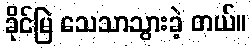
ခိုင်မြဲ သေသာသွားခဲ့ တယ်။